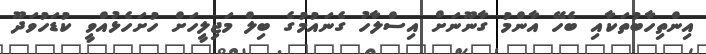
އިންތިހާބުތަކާއި ބެހޭ އާންމު ގާނޫނަށް އިސްލާހު ގެނައުމުގެ ބިލް މަޖިލީހަށް ހުށަހެޅުއްވީ ކުޑަހުވަދޫ